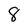
Character: 8